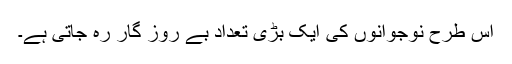
اس طرح نوجوانوں کی ایک بڑی تعداد بے روز گار رہ جاتی ہے۔